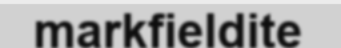
markfieldite